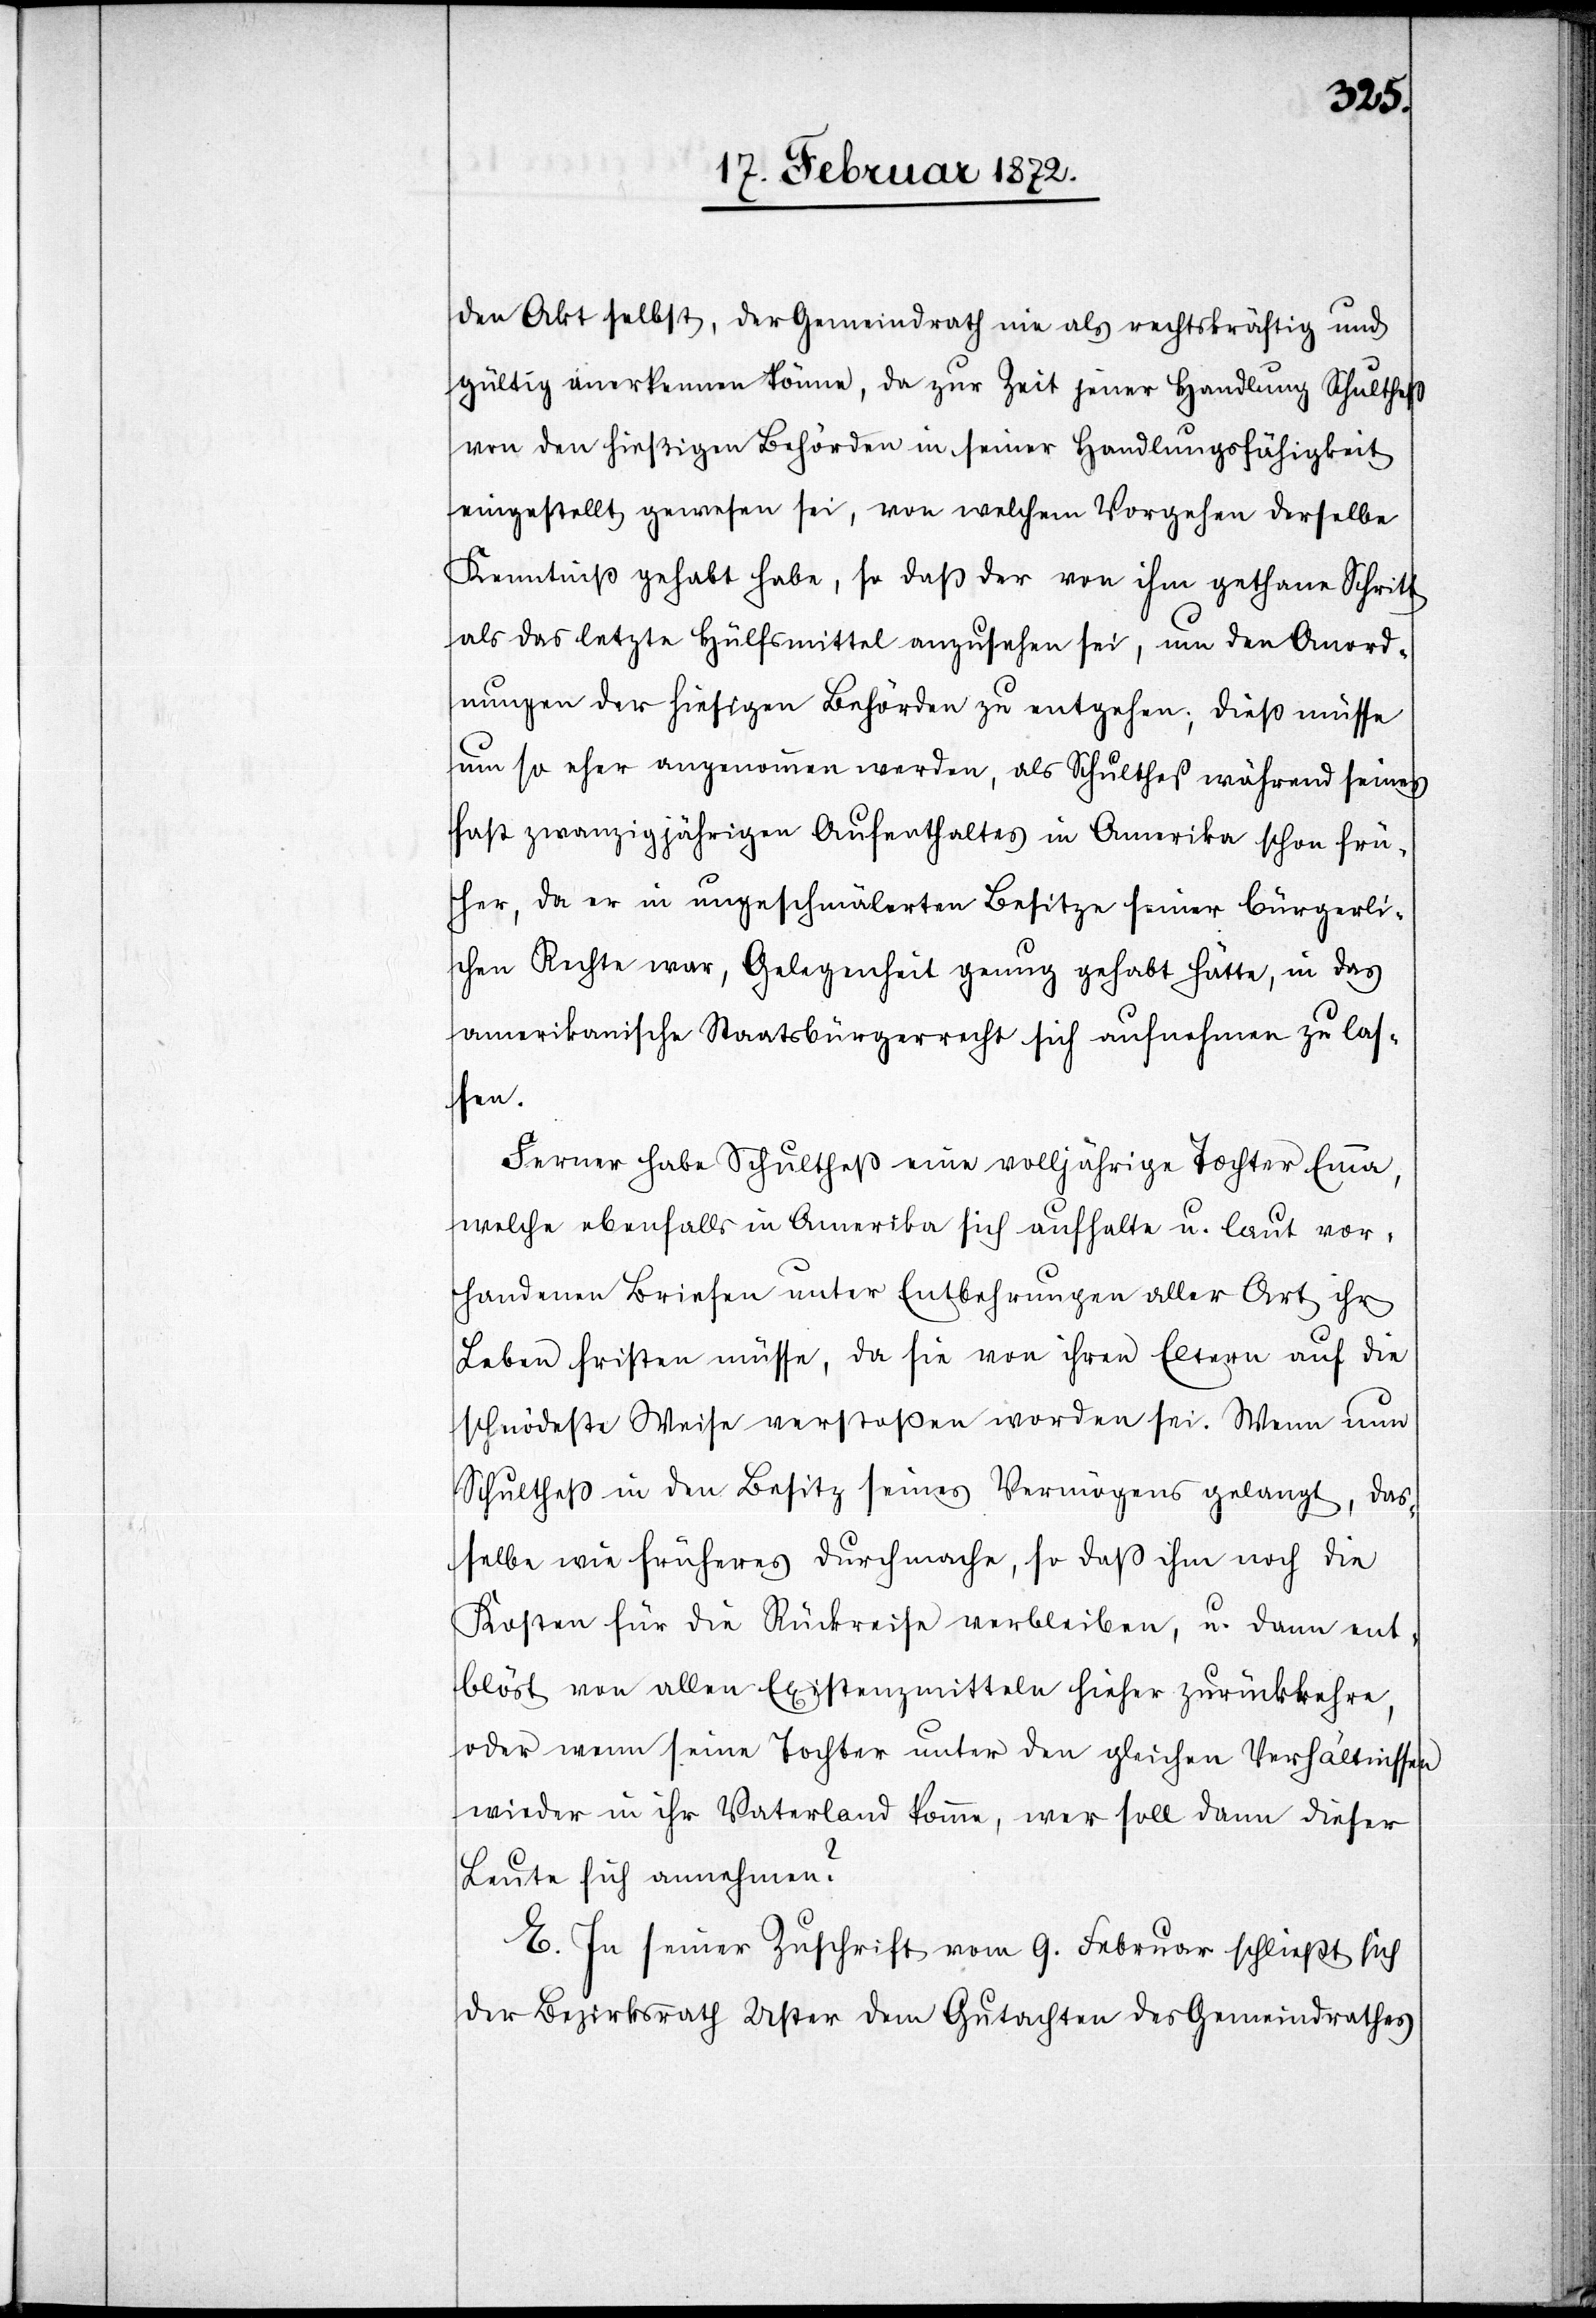
den Akt selbst, der Gemeindrath nie als rechtskräftig und
gültig anerkennen könne, da zur Zeit jener Handlung Schultheß
von den hießigen Behörden in seiner Handlungsfähigkeit
eingestellt gewesen sei, von welchem Vorgehen derselbe
Kenntniß gehabt habe, so daß der von ihm gethane Schritt
als das letzte Hülfsmittel anzusehen sei, um den Anord¬
nungen der hiesigen Behörden zu entgehen; dieß müsse
um so eher angenommen werden, als Schultheß während seines
fast zwanzigjährigen Aufenthaltes in Amerika schon frü¬
her, da er in ungeschmälertem Besitze seiner bürgerli¬
chen Rechte war, Gelegenheit genug gehabt hätte, in das
amerikanische Staatsbürgerrecht sich aufnehmen zu las¬
sen.
Ferner habe Schultheß eine volljährige Tochter Emma,
welche ebenfalls in Amerika sich aufhalte u. laut vor¬
handenem Briefe unter Entbehrungen aller Art ihr
Leben fristen müsse, da sie von ihren Eltern auf die
schnödeste Weise verstoßen worden sei. Wenn nun
Schultheß in den Besitz seines Vermögens gelangt, das¬
selbe wie früheres durchmache, so daß ihm noch die
Kosten für die Rückreise verbleiben, u. dann ent¬
blöst von allen Existenzmitteln hieher zurückkehre,
oder wenn seine Tochter unter den gleichen Verhältnissen
wieder in ihr Vaterland komme, wer soll dann dieser
Leute sich annehmen?
E. In seiner Zuschrift vom 9. Februar schließt sich
der Bezirksrath Uster dem Gutachten des Gemeindrathes